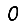
Digit: 0